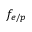
f _ { e / p }